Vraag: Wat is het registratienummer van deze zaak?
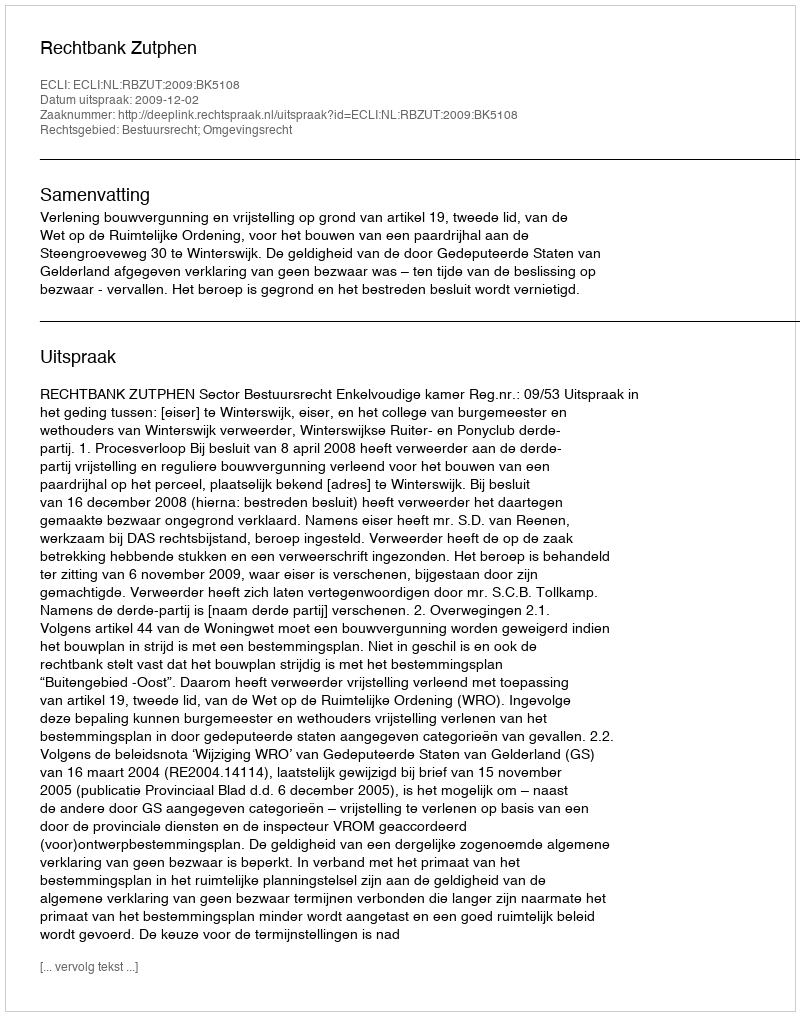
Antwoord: http://deeplink.rechtspraak.nl/uitspraak?id=ECLI:NL:RBZUT:2009:BK5108